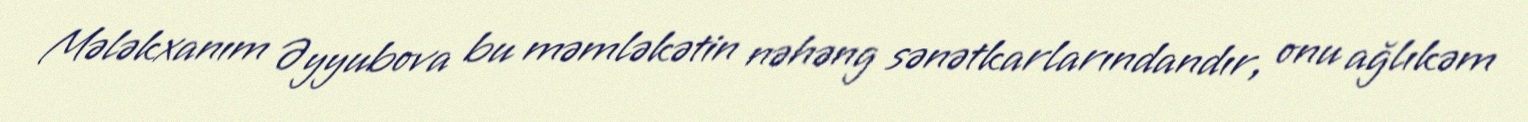
Mələkxanım Əyyubova bu məmləkətin nəhəng sənətkarlarındandır, onu ağlıkəm